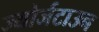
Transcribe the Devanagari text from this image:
ज्योर्जटाउन